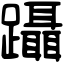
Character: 躡